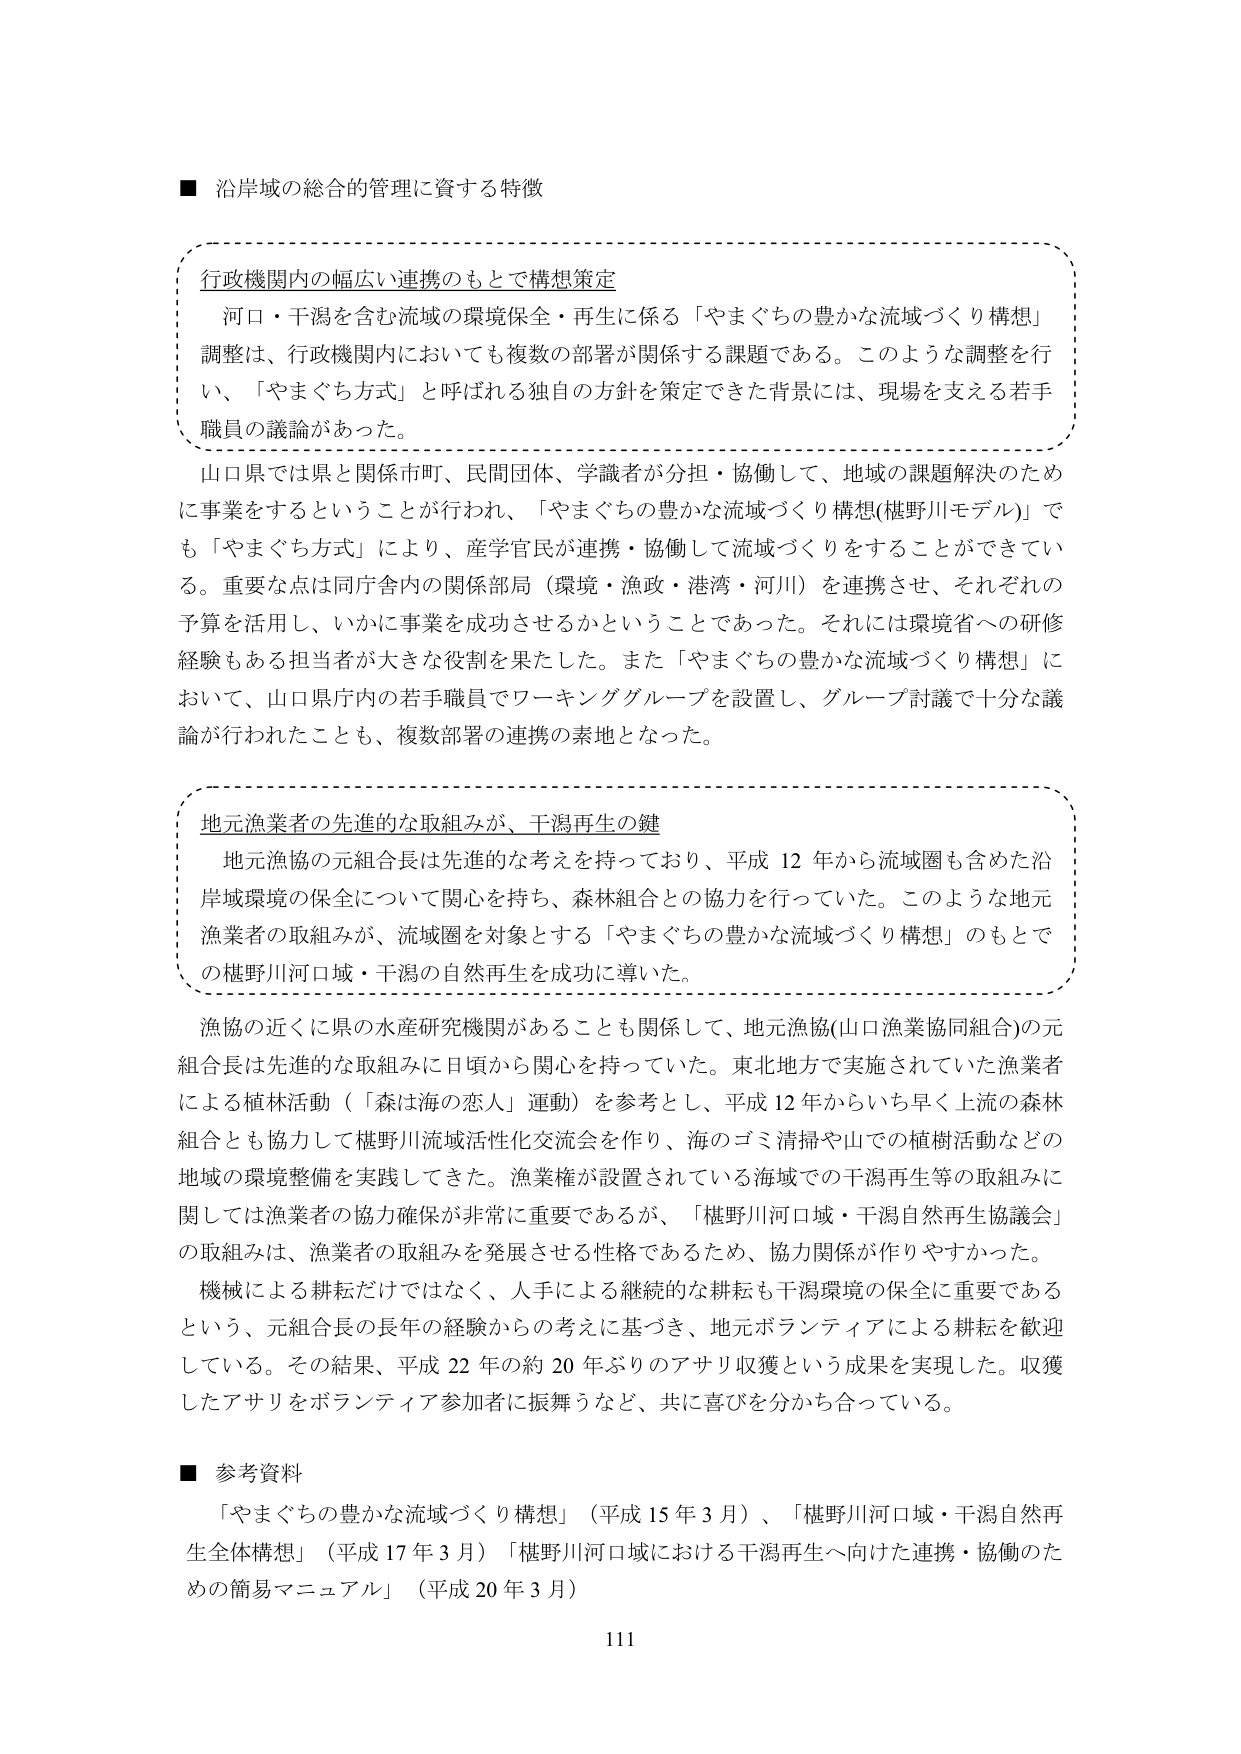
■ 沿岸域の総合的管理に資する特徴

行政機関内の幅広い連携のもとで構想策定
　河口・干潟を含む流域の環境保全・再生に係る「やまぐちの豊かな流域づくり構想」
調整は、行政機関内においても複数の部署が関係する課題である。このような調整を行
い、「やまぐち方式」と呼ばれる独自の方針を策定できた背景には、現場を支える若手
職員の議論があった。

　山口県では県と関係市町、民間団体、学識者が分担・協働して、地域の課題解決のため
に事業をするということが行われ、「やまぐちの豊かな流域づくり構想(椹野川モデル)」で
も「やまぐち方式」により、産学官民が連携・協働して流域づくりをすることができてい
る。重要な点は同庁舎内の関係部局（環境・漁政・港湾・河川）を連携させ、それぞれの
予算を活用し、いかに事業を成功させるかということであった。それには環境省への研修
経験もある担当者が大きな役割を果たした。また「やまぐちの豊かな流域づくり構想」に
おいて、山口県庁内の若手職員でワーキンググループを設置し、グループ討議で十分な議
論が行われたことも、複数部署の連携の素地となった。

地元漁業者の先進的な取組みが、干潟再生の鍵
　地元漁協の元組合長は先進的な考えを持っており、平成12年から流域圏も含めた沿
岸域環境の保全について関心を持ち、森林組合との協力を行っていた。このような地元
漁業者の取組みが、流域圏を対象とする「やまぐちの豊かな流域づくり構想」のもとで
の椹野川河口域・干潟の自然再生を成功に導いた。

　漁協の近くに県の水産研究機関があることも関係して、地元漁協(山口漁業協同組合)の元
組合長は先進的な取組みに日頃から関心を持っていた。東北地方で実施されていた漁業者
による植林活動（「森は海の恋人」運動）を参考とし、平成12年からいち早く上流の森林
組合とも協力して椹野川流域活性化交流会を作り、海のゴミ清掃や山での植樹活動などの
地域の環境整備を実践してきた。漁業権が設置されている海域での干潟再生等の取組みに
関しては漁業者の協力確保が非常に重要であるが、「椹野川河口域・干潟自然再生協議会」
の取組みは、漁業者の取組みを発展させる性格であるため、協力関係が作りやすかった。

　機械による耕耘だけではなく、人手による継続的な耕耘も干潟環境の保全に重要である
という、元組合長の長年の経験からの考えに基づき、地元ボランティアによる耕耘を歓迎
している。その結果、平成22年の約20年ぶりのアサリ収獲という成果を実現した。収獲
したアサリをボランティア参加者に振舞うなど、共に喜びを分かち合っている。

■ 参考資料
　「やまぐちの豊かな流域づくり構想」（平成15年3月）、「椹野川河口域・干潟自然再
生全体構想」（平成17年3月）「椹野川河口域における干潟再生へ向けた連携・協働のた
めの簡易マニュアル」（平成20年3月）

111